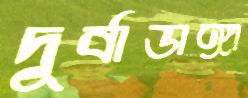
দূর্বাডাঙ্গা